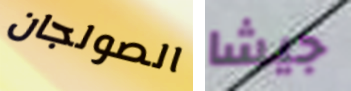
الصولجان جيشا